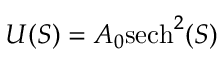
U ( S ) = A _ { 0 } \mathrm { s e c h } ^ { 2 } ( S )